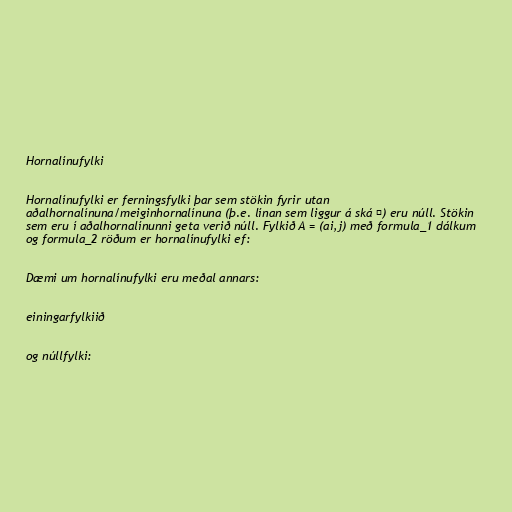
Hornalínufylki

Hornalínufylki er ferningsfylki þar sem stökin fyrir utan
aðalhornalínuna/meiginhornalínuna (þ.e. línan sem liggur á ská ↘) eru núll. Stökin
sem eru í aðalhornalínunni geta verið núll. Fylkið A = (ai,j) með formula_1 dálkum
og formula_2 röðum er hornalínufylki ef:

Dæmi um hornalínufylki eru meðal annars:

einingarfylkiið

og núllfylki: